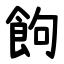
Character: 䬲